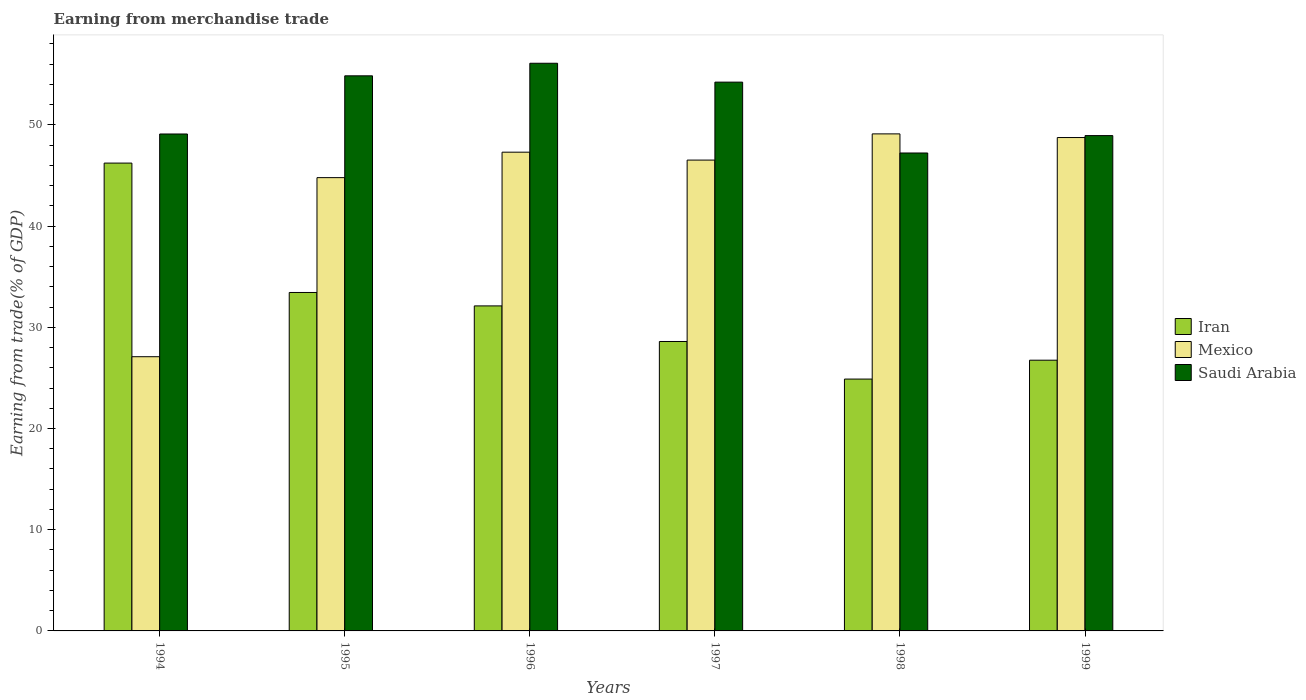
| Years | Iran | Mexico | Saudi Arabia |
 | --- | --- | --- | --- |
 | 1994 | 46.2 | 27.1 | 49.1 |
 | 1995 | 33.4 | 44.8 | 54.8 |
 | 1996 | 32.1 | 47.3 | 56.1 |
 | 1997 | 28.6 | 46.5 | 54.2 |
 | 1998 | 24.9 | 49.1 | 47.2 |
 | 1999 | 26.7 | 48.7 | 48.9 |